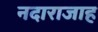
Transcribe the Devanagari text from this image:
नदाराजाह